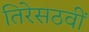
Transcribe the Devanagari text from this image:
तिरेसठवीं